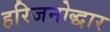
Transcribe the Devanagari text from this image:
हरिजनोद्धार